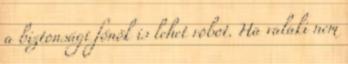
a biztonsági főnök is lehet robot. Ha valaki nem